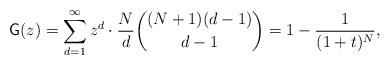
LaTeX: \begin{align*}\mathsf G(z)=\sum_{d=1}^{\infty} z^{d}\cdot \frac{N}{d} \binom{(N+1)(d-1)}{d-1}=1-\frac{1}{(1+t)^N},\end{align*}